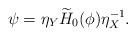
LaTeX: \begin{align*}\psi=\eta_Y\widetilde{H}_0(\phi)\eta_X^{-1}.\end{align*}